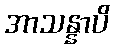
အာသန္နာပိ